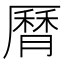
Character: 𦠓